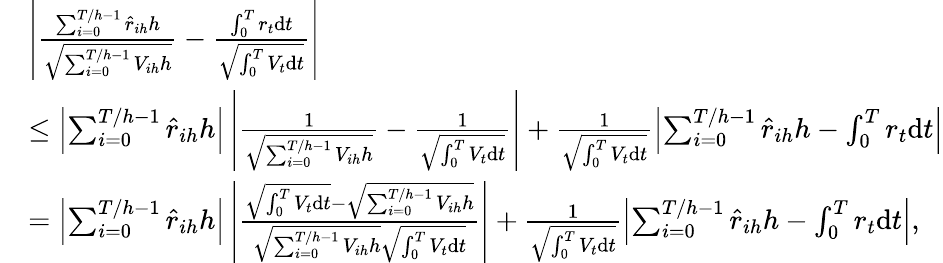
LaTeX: \begin{array}{rl}&{\left|\frac{\sum_{i=0}^{T/h-1}\hat{r}_{ih}h}{\sqrt{\sum_{i=0}^{T/h-1}V_{ih}h}}-\frac{\int_{0}^{T}r_{t}\mathrm{d}t}{\sqrt{\int_{0}^{T}V_{t}\mathrm{d}t}}\right|}\\ &{\leq\left|\sum_{i=0}^{T/h-1}\hat{r}_{ih}h\right|\left|\frac{1}{\sqrt{\sum_{i=0}^{T/h-1}V_{ih}h}}-\frac{1}{\sqrt{\int_{0}^{T}V_{t}\mathrm{d}t}}\right|+\frac{1}{\sqrt{\int_{0}^{T}V_{t}\mathrm{d}t}}\left|\sum_{i=0}^{T/h-1}\hat{r}_{ih}h-\int_{0}^{T}r_{t}\mathrm{d}t\right|}\\ &{=\left|\sum_{i=0}^{T/h-1}\hat{r}_{ih}h\right|\left|\frac{\sqrt{\int_{0}^{T}V_{t}\mathrm{d}t}-\sqrt{\sum_{i=0}^{T/h-1}V_{ih}h}}{\sqrt{\sum_{i=0}^{T/h-1}V_{ih}h}\sqrt{\int_{0}^{T}V_{t}\mathrm{d}t}}\right|+\frac{1}{\sqrt{\int_{0}^{T}V_{t}\mathrm{d}t}}\left|\sum_{i=0}^{T/h-1}\hat{r}_{ih}h-\int_{0}^{T}r_{t}\mathrm{d}t\right|,}\end{array}